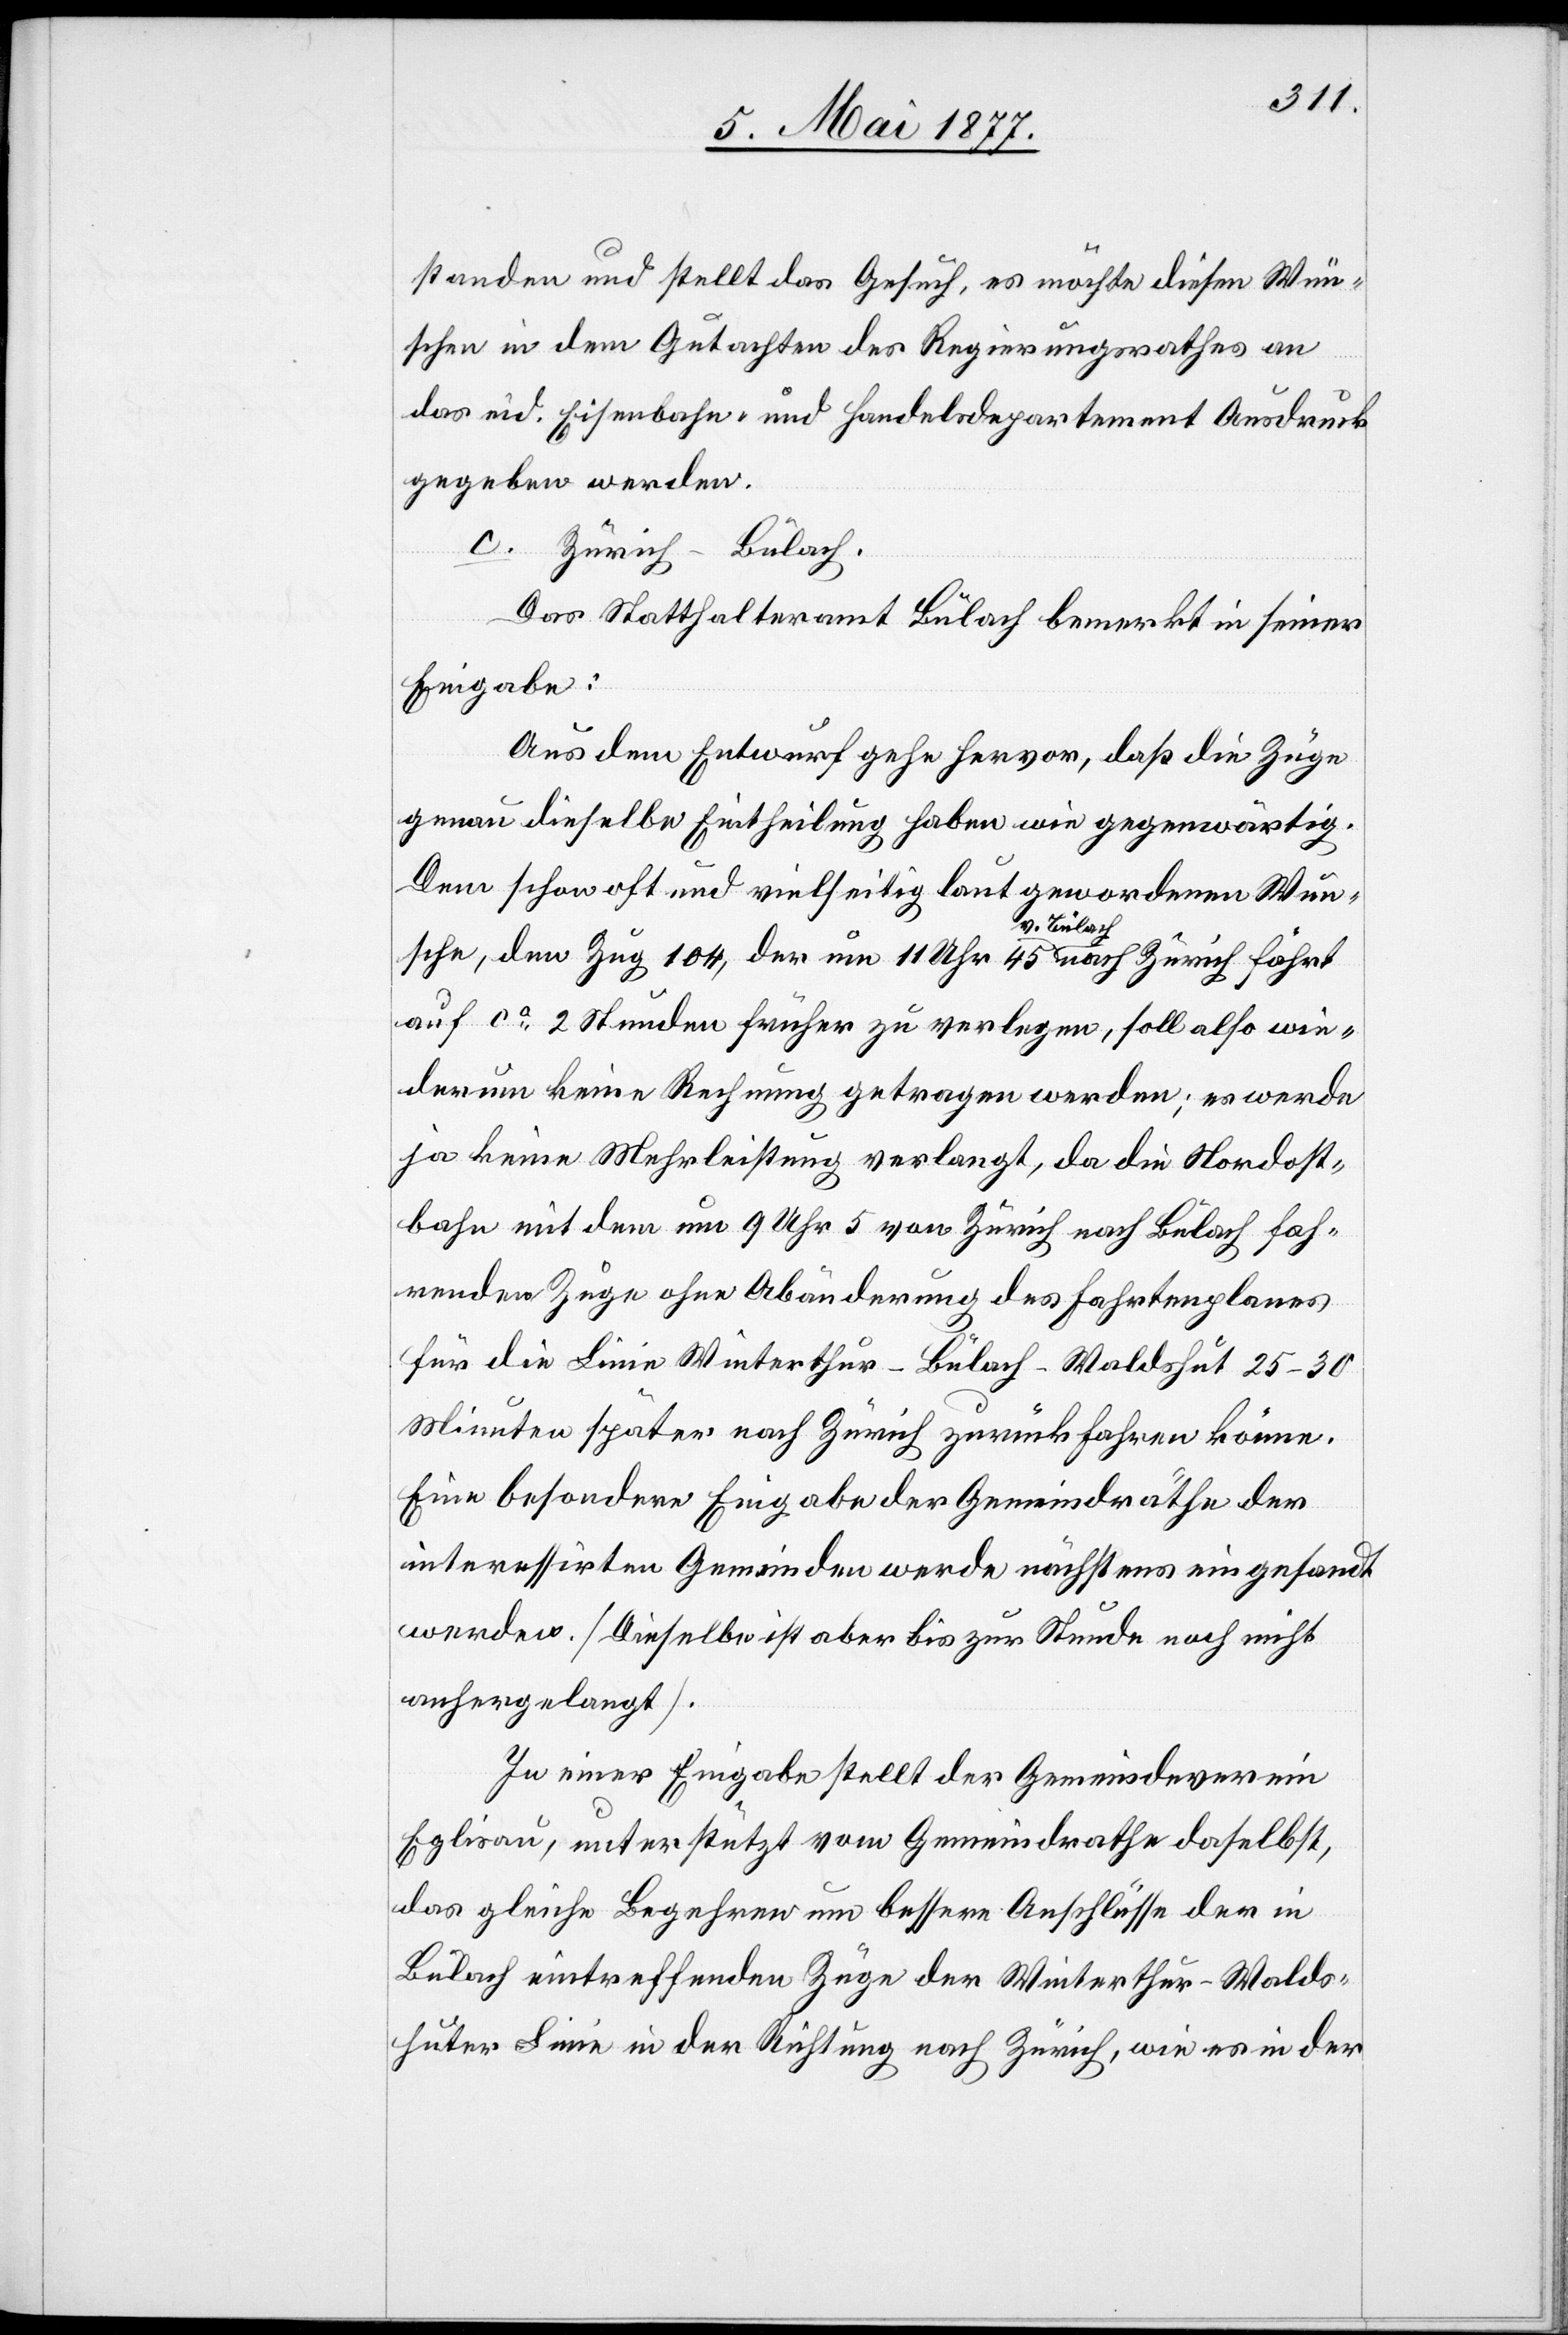
standen und stellt das Gesuch, es möchte diesen Wün¬
schen in dem Gutachten des Regierungsrathes an
das eid. Eisenbahn- und Handelsdepartement Ausdruck
gegeben werden.
c. Zürich–Bülach.
Das Statthalteramt Bülach bemerkt in seiner
Eingabe:
Aus dem Entwurf gehe hervor, daß die Züge
genau dieselbe Eintheilung haben wie gegenwärtig.
Dem schon oft und vielseitig laut gewordenen Wun¬
sche, den Zug 104, der um 11 Uhr 45 v. Bülach nach Zürich fährt
auf ca 2 Stunden früher zu verlegen, soll also wie¬
derum keine Rechnung getragen werden; es werde
ja keine Mehrleistung verlangt, da die Nordost¬
bahn mit dem um 9 Uhr 5 von Zürich nach Bülach fah¬
renden Zuge ohne Abänderung des Fahrtenplanes
für die Linie Winterthur–Bülach–Waldshut 25–30
Minuten später nach Zürich zurückfahren könne.
Eine besondere Eingabe der Gemeindräthe der
interessirten Gemeinden werde nächstens eingesandt
werden. [Dieselbe ist aber bis zur Stunde noch nicht
anhergelangt].
In einer Eingabe stellt der Gemeindeverein
Eglisau, unterstützt vom Gemeindrathe daselbst,
das gleiche Begehren um bessere Anschlüsse der in
Bülach eintreffenden Züge der Winterthur–Walds¬
huter Linie in der Richtung nach Zürich, wie es in der